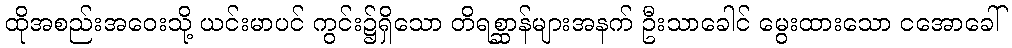
ထိုအစည်းအဝေးသို့ ယင်းမာပင် ကွင်း၌ရှိသော တိရစ္ဆာန်များအနက် ဦးသာခေါင် မွေးထားသော ငအောခေါ်